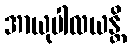
အာယုပါလယန္တိ